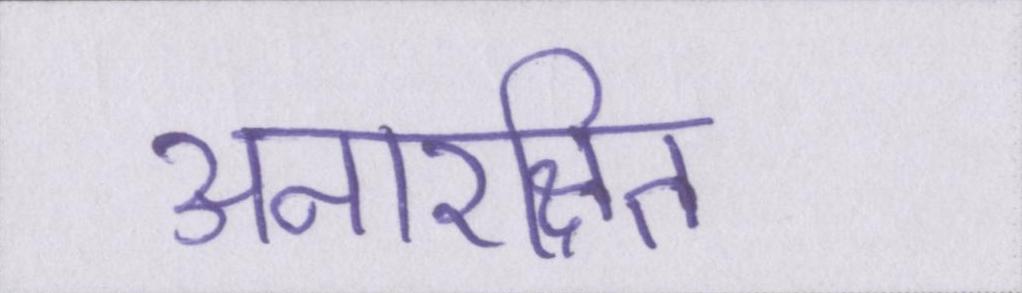
अनारक्षित